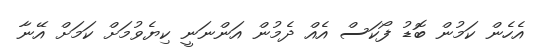
އެހެން ކަމުން ބޮޑު ފޯކަސް އެއް ދެމުން އަންނަނީ ކިޔެވުމަށް ކަމަށް އޭނާ